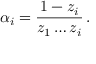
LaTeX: \alpha _ { i } = \frac { 1 - z _ { i } } { z _ { 1 } \ldots z _ { i } } \, .